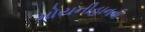
મોયનીહાનની